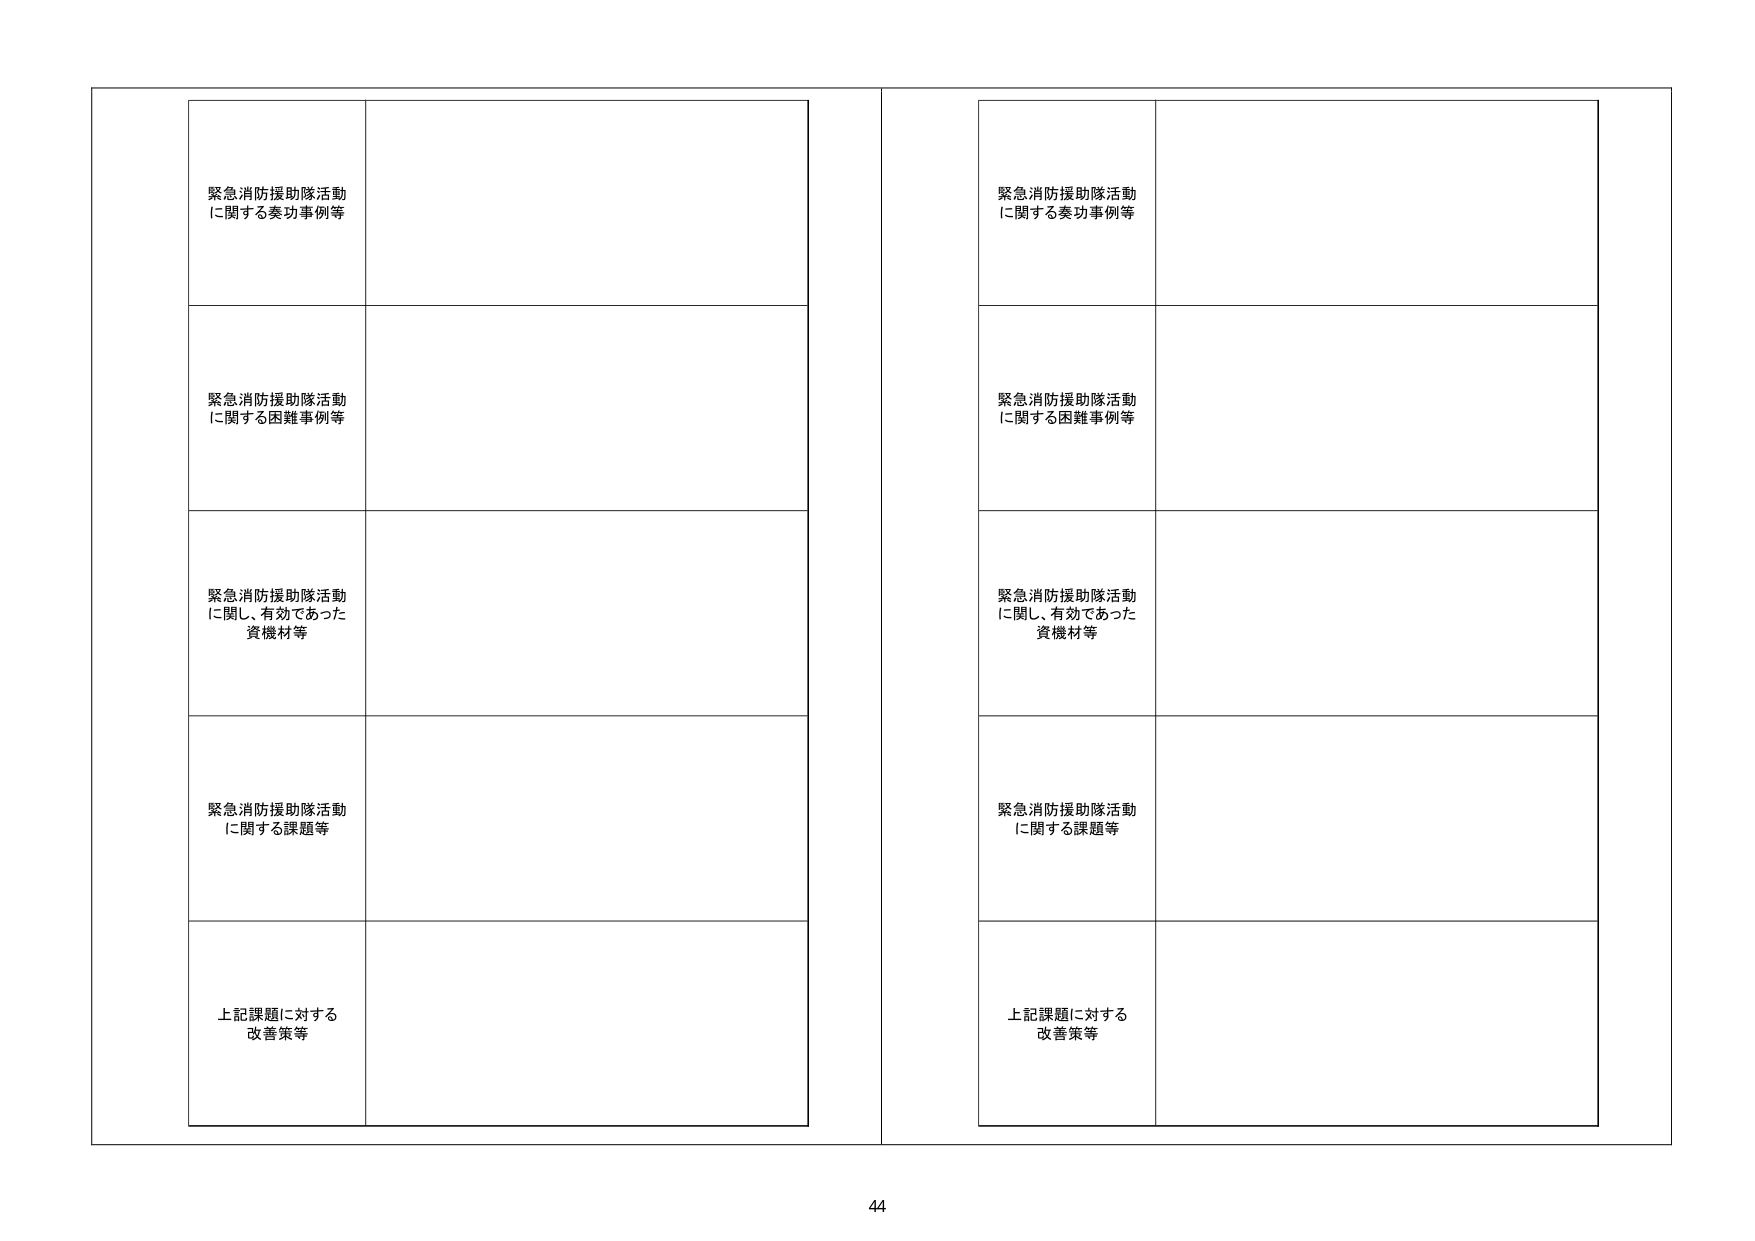
緊急消防援助隊活動
に関する奏功事例等

緊急消防援助隊活動
に関する困難事例等

緊急消防援助隊活動
に関し、有効であった
資機材等

緊急消防援助隊活動
に関する課題等

上記課題に対する
改善策等

緊急消防援助隊活動
に関する奏功事例等

緊急消防援助隊活動
に関する困難事例等

緊急消防援助隊活動
に関し、有効であった
資機材等

緊急消防援助隊活動
に関する課題等

上記課題に対する
改善策等

44